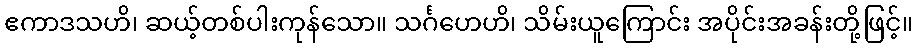
ဧကာဒသဟိ၊ ဆယ့်တစ်ပါးကုန်သော။ သင်္ဂဟေဟိ၊ သိမ်းယူကြောင်း အပိုင်းအခန်းတို့ဖြင့်။